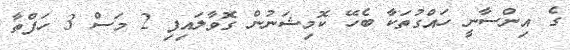
ގެ އިންސާނީ ހައްގުތަކާ ބެހޭ ކޮމިޝަނުން ގޮވާލައިފި 2 މަސް 3 ހަފްތާ